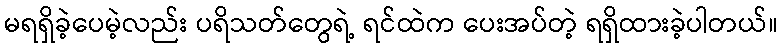
မရရှိခဲ့ပေမဲ့လည်း ပရိသတ်တွေရဲ့ ရင်ထဲက ပေးအပ်တဲ့ ရရှိထားခဲ့ပါတယ်။